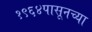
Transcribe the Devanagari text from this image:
१९६४पासूनच्या